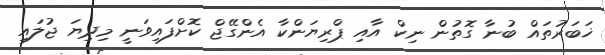
ޚަބަރުތައް ބުނާ ގޮތުން ނިކް އާއި ޕްރިޔަންކާ އެންގޭޖް ކޮށްފައިވަނީ މިދިޔަ ޖުލައި